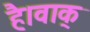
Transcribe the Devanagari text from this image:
है।वाक्